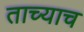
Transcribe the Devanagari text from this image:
ताच्याच